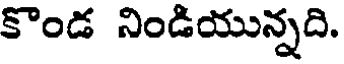
కొండ నిండియున్నది.